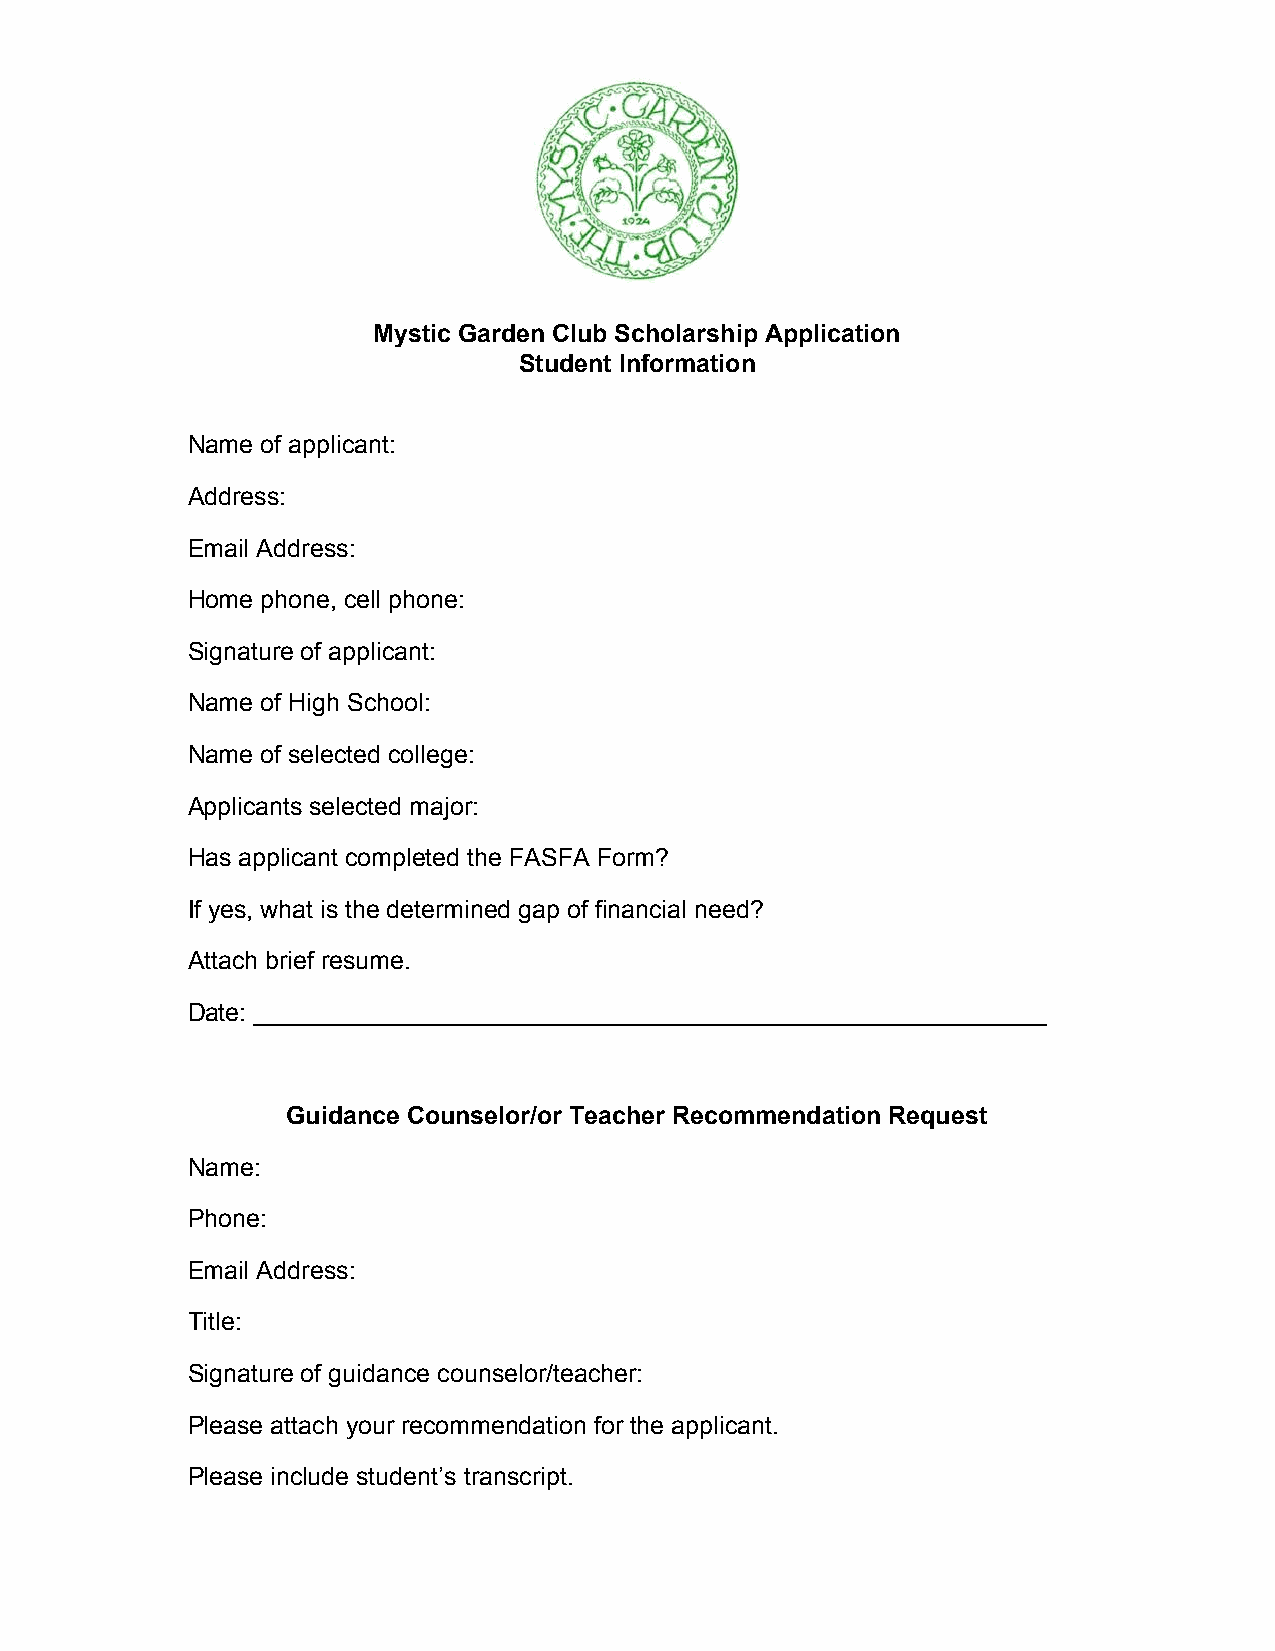
Mystic Garden Club Scholarship Application
 Student Information
 Name of applicant:
 Address:
 Email Address:
 Home phone, cell phone:
 Signature of applicant:
 Name of High School:
 Name of selected college:
 Applicants selected major:
 Has applicant completed the FASFA Form?
 If yes, what is the determined gap of financial need?
 Attach brief resume.
 Date: _________________________________________________________
 Guidance Counselor/or Teacher Recommendation Request
 Name:
 Phone:
 Email Address:
 Title:
 Signature of guidance counselor/teacher:
 Please attach your recommendation for the applicant.
 Please include student’s transcript.